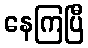
နေကြပြီ